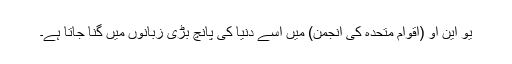
یو این او (اقوام متحدہ کی انجمن) میں اسے دنیا کی پانچ بڑی زبانوں میں گنا جاتا ہے۔